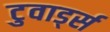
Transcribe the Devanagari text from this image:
टुवार्ड्स